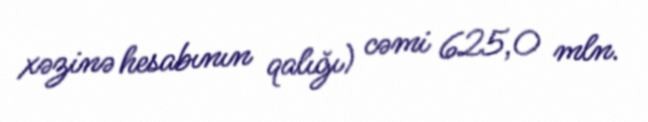
xəzinə hesabının qalığı) cəmi 625,0 mln.